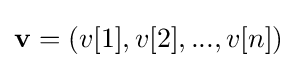
\mathbf {v} =(v[1],v[2],...,v[n])